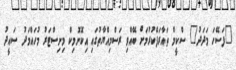
"ފަސޭހަ މަދަދު" ސްކީމް ތައާރަފްކުރުމަށް ބޭއްވި ރަސްމިިއްޔާތުގައި އިކޮނޮމިކް މިނިސްޓަރު މުހައްމަދު ސައީދު